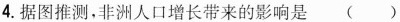
4.据图推测，非洲人口增长带来的影响是()